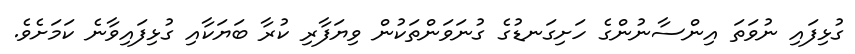
ގުޅިފައި ނުވަތަ އިންސާނުންގެ ހަށިގަނޑުގެ ގުނަވަންތަކުން ވިޔަފާރި ކުރާ ބަޔަކާއި ގުޅިފައިވާނެ ކަމަށެވެ.